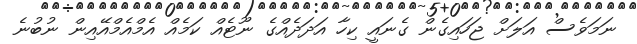
ނަމަވެސް އަލަށް ޖަހައިގެން ގެނައީ ކިހާ އަދަދެއްގެ ނޫޓެއް ކަމެއް އެމްއެމްއޭއިން ނުބުނެ